system: You are a helpful assistant.
user:
Analyze the provided spectrum to determine if it is a **S-type Star**.

- **Key Indicators for S-type Star:**

    - **(Overall Spectrum Shape):** The first and most obvious characteristic is the overall continuum (the "baseline" shape). It is **extremely "red-sloping,"** meaning the flux (light intensity) is very low on the left side (blue, ~4000-4500 Å) and rises steeply and continuously toward the right side (red, ~7000 Å+).

    - **(Primary):** The spectrum is defined by the presence of strong, broad molecular absorption "valleys" (bands) from **Zirconium Oxide (ZrO)**. The identification of these bands is the **primary requirement** for classifying a star as S-type.
        - **(Key Bandheads):** You must find distinct, deep "dips" where the light has been absorbed. The most critical band systems to locate are:
            - **~6474 Å** ($\gamma$-system): This is often the strongest and clearest ZrO feature, found in the red part of the spectrum.
            - **~5718 Å** & **~5551 Å** ($\beta$-system): A pair of prominent absorption features in the yellow-orange part of the spectrum.
            - **~4640 Å** ($\alpha$-system): A key absorption band system in the blue-green region of the spectrum.

    - **(Secondary Confirmation):** The classification is strengthened by finding additional absorption bands from other related heavy element oxides, which are expected to be present alongside ZrO.
        - **(Key Bandheads):**
            - **Yttrium Oxide (YO):** Look for absorption dips near **~4800 Å** and **~6100 Å**.
            - **Lanthanum Oxide (LaO):** Additional absorption features, particularly in the red-orange part of the spectrum, are also characteristic.

    - **(Line Profile):** The combination of the steep red continuum and these numerous, deep molecular bands (ZrO, YO, etc.) gives the entire spectrum a very **"chopped-up"** or **"bumpy"** appearance. Instead of a smooth curve, the spectrum looks as though large, wide chunks of light have been "carved out" of it at the specific wavelengths listed above.

Think first, call **spectral_visualization_tool** if needed to examine features in detail, then provide your final answer. Your response must adhere to the following strict rules:
1.  **Overall Structure:** Your response must follow the format `<think>...</think> <tool_call>...</tool_call> (if a tool is used) <answer>...</answer>`.
2.  **Tool Usage Constraint:** You may only make **one** tool call per turn.
3.  **Final Answer Format:** In the `<answer>` tag, your conclusion must be inside a `\boxed{}` command (e.g., `\boxed{YES}` or `\boxed{NO}`), followed by your justification.

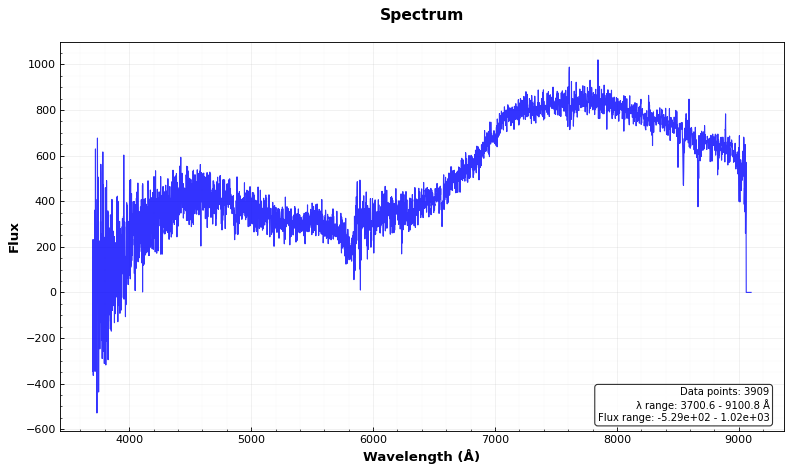
Answer: NO